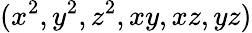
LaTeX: (x^{2},y^{2},z^{2},xy,xz,yz)